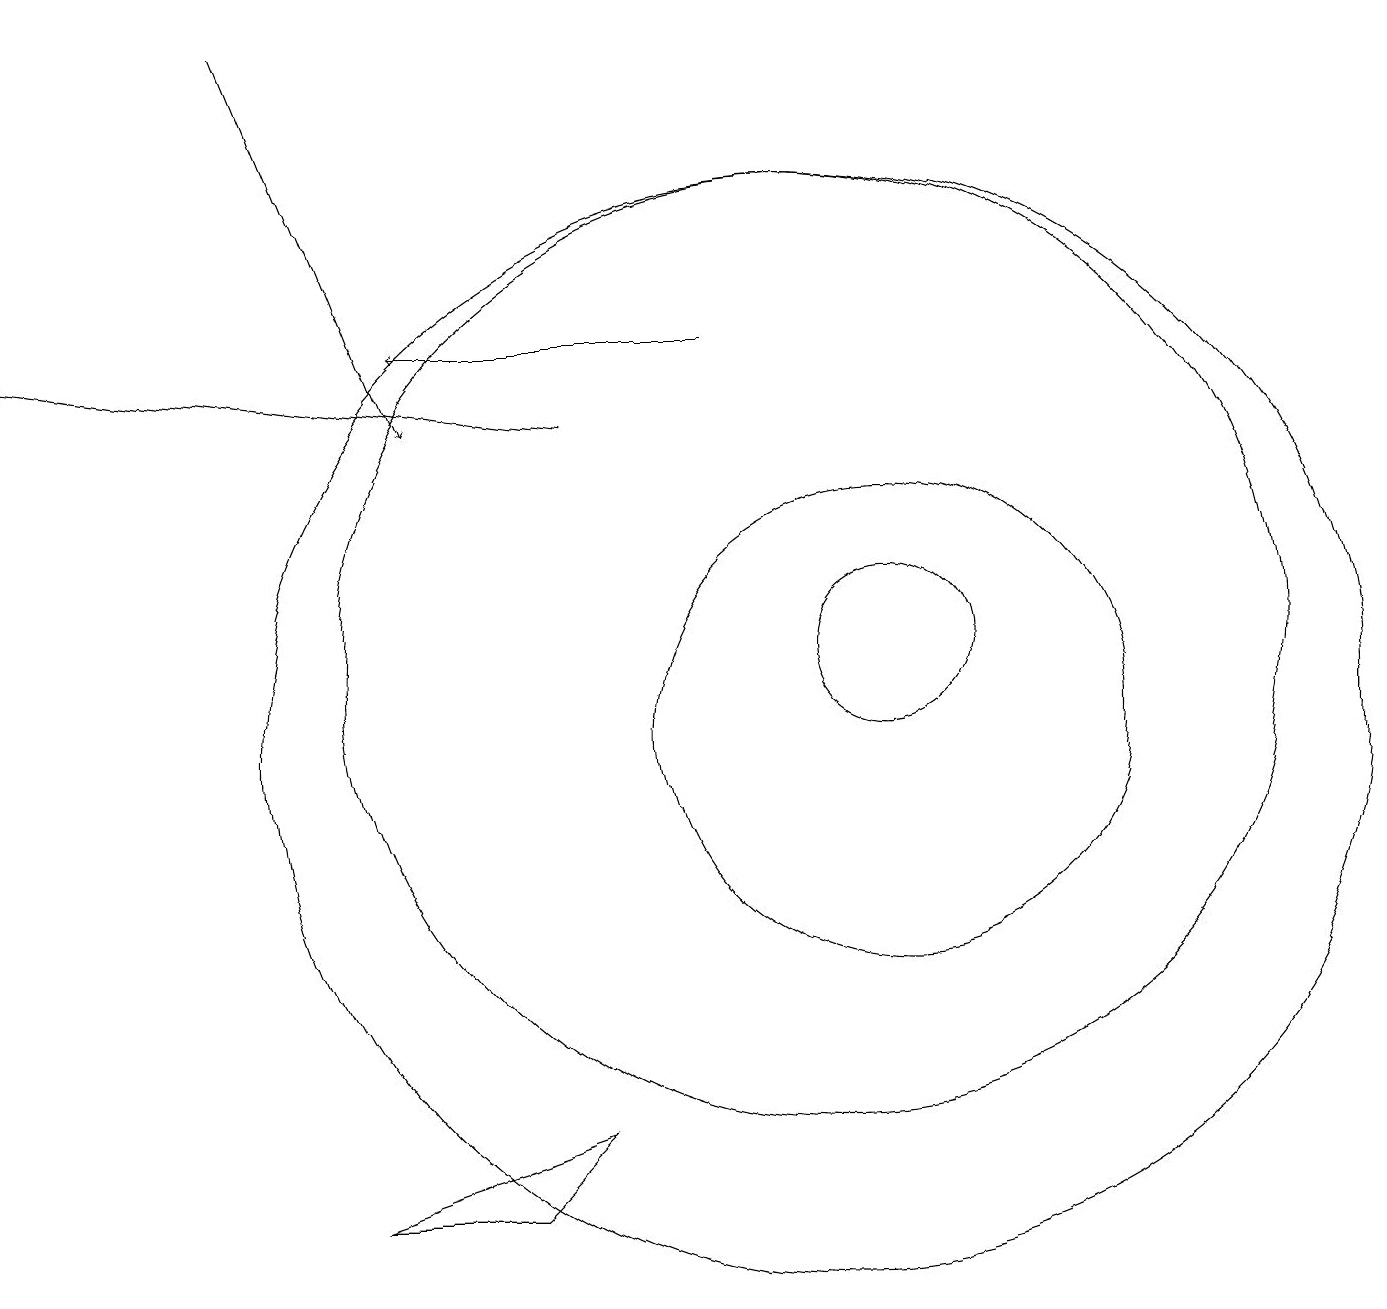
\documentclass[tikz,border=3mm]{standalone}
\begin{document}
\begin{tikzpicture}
\draw (10,11) circle (6);
\draw (11,10) circle (3);
\draw[->] (9,15) -- (5,15);
\draw (11,11) circle (1);
\draw (4,4) -- (6,4) -- (7,5) -- cycle;
\draw[->] (7,14) -- (0,15);
\draw[->] (3,19) -- (5,14);
\draw (10,10) circle (7);
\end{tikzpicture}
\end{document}